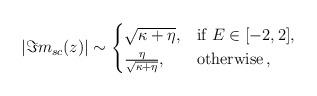
LaTeX: \begin{align*}|{\Im} m_{sc}(z)| \sim \begin{cases}\sqrt{\kappa+\eta}, & \mbox{if } E \in[-2, 2], \\\frac{\eta}{\sqrt{\kappa+\eta}}, & \mbox{otherwise}\,,\end{cases}\end{align*}